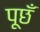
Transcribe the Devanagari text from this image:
पूछँ